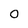
Character: 0